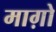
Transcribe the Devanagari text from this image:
माग़ो